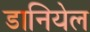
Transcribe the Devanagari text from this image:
डानियेल